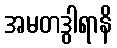
အမတဒွါရာနိ